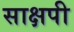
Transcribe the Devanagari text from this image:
साक्षपी